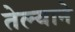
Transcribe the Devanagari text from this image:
तेल्याने